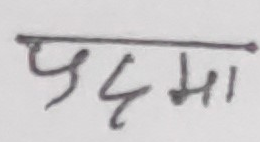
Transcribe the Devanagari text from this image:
प्रदुमा